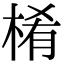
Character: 㮁